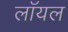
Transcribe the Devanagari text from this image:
लाॅयल